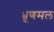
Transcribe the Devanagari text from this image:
भ्रूणमल